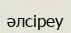
әлсіреу